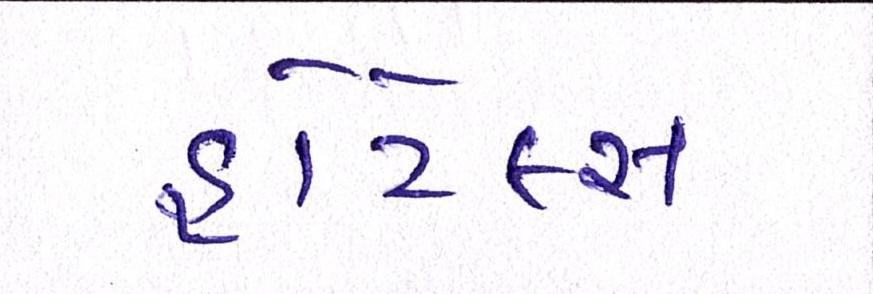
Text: હોટેલ્સ